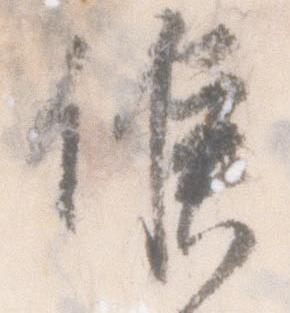
候